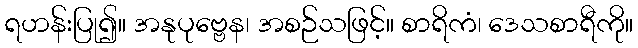
ရဟန်းပြု၍။ အနုပုဗ္ဗေန၊ အစဉ်သဖြင့်။ စာရိကံ၊ ဒေသစာရီကို။